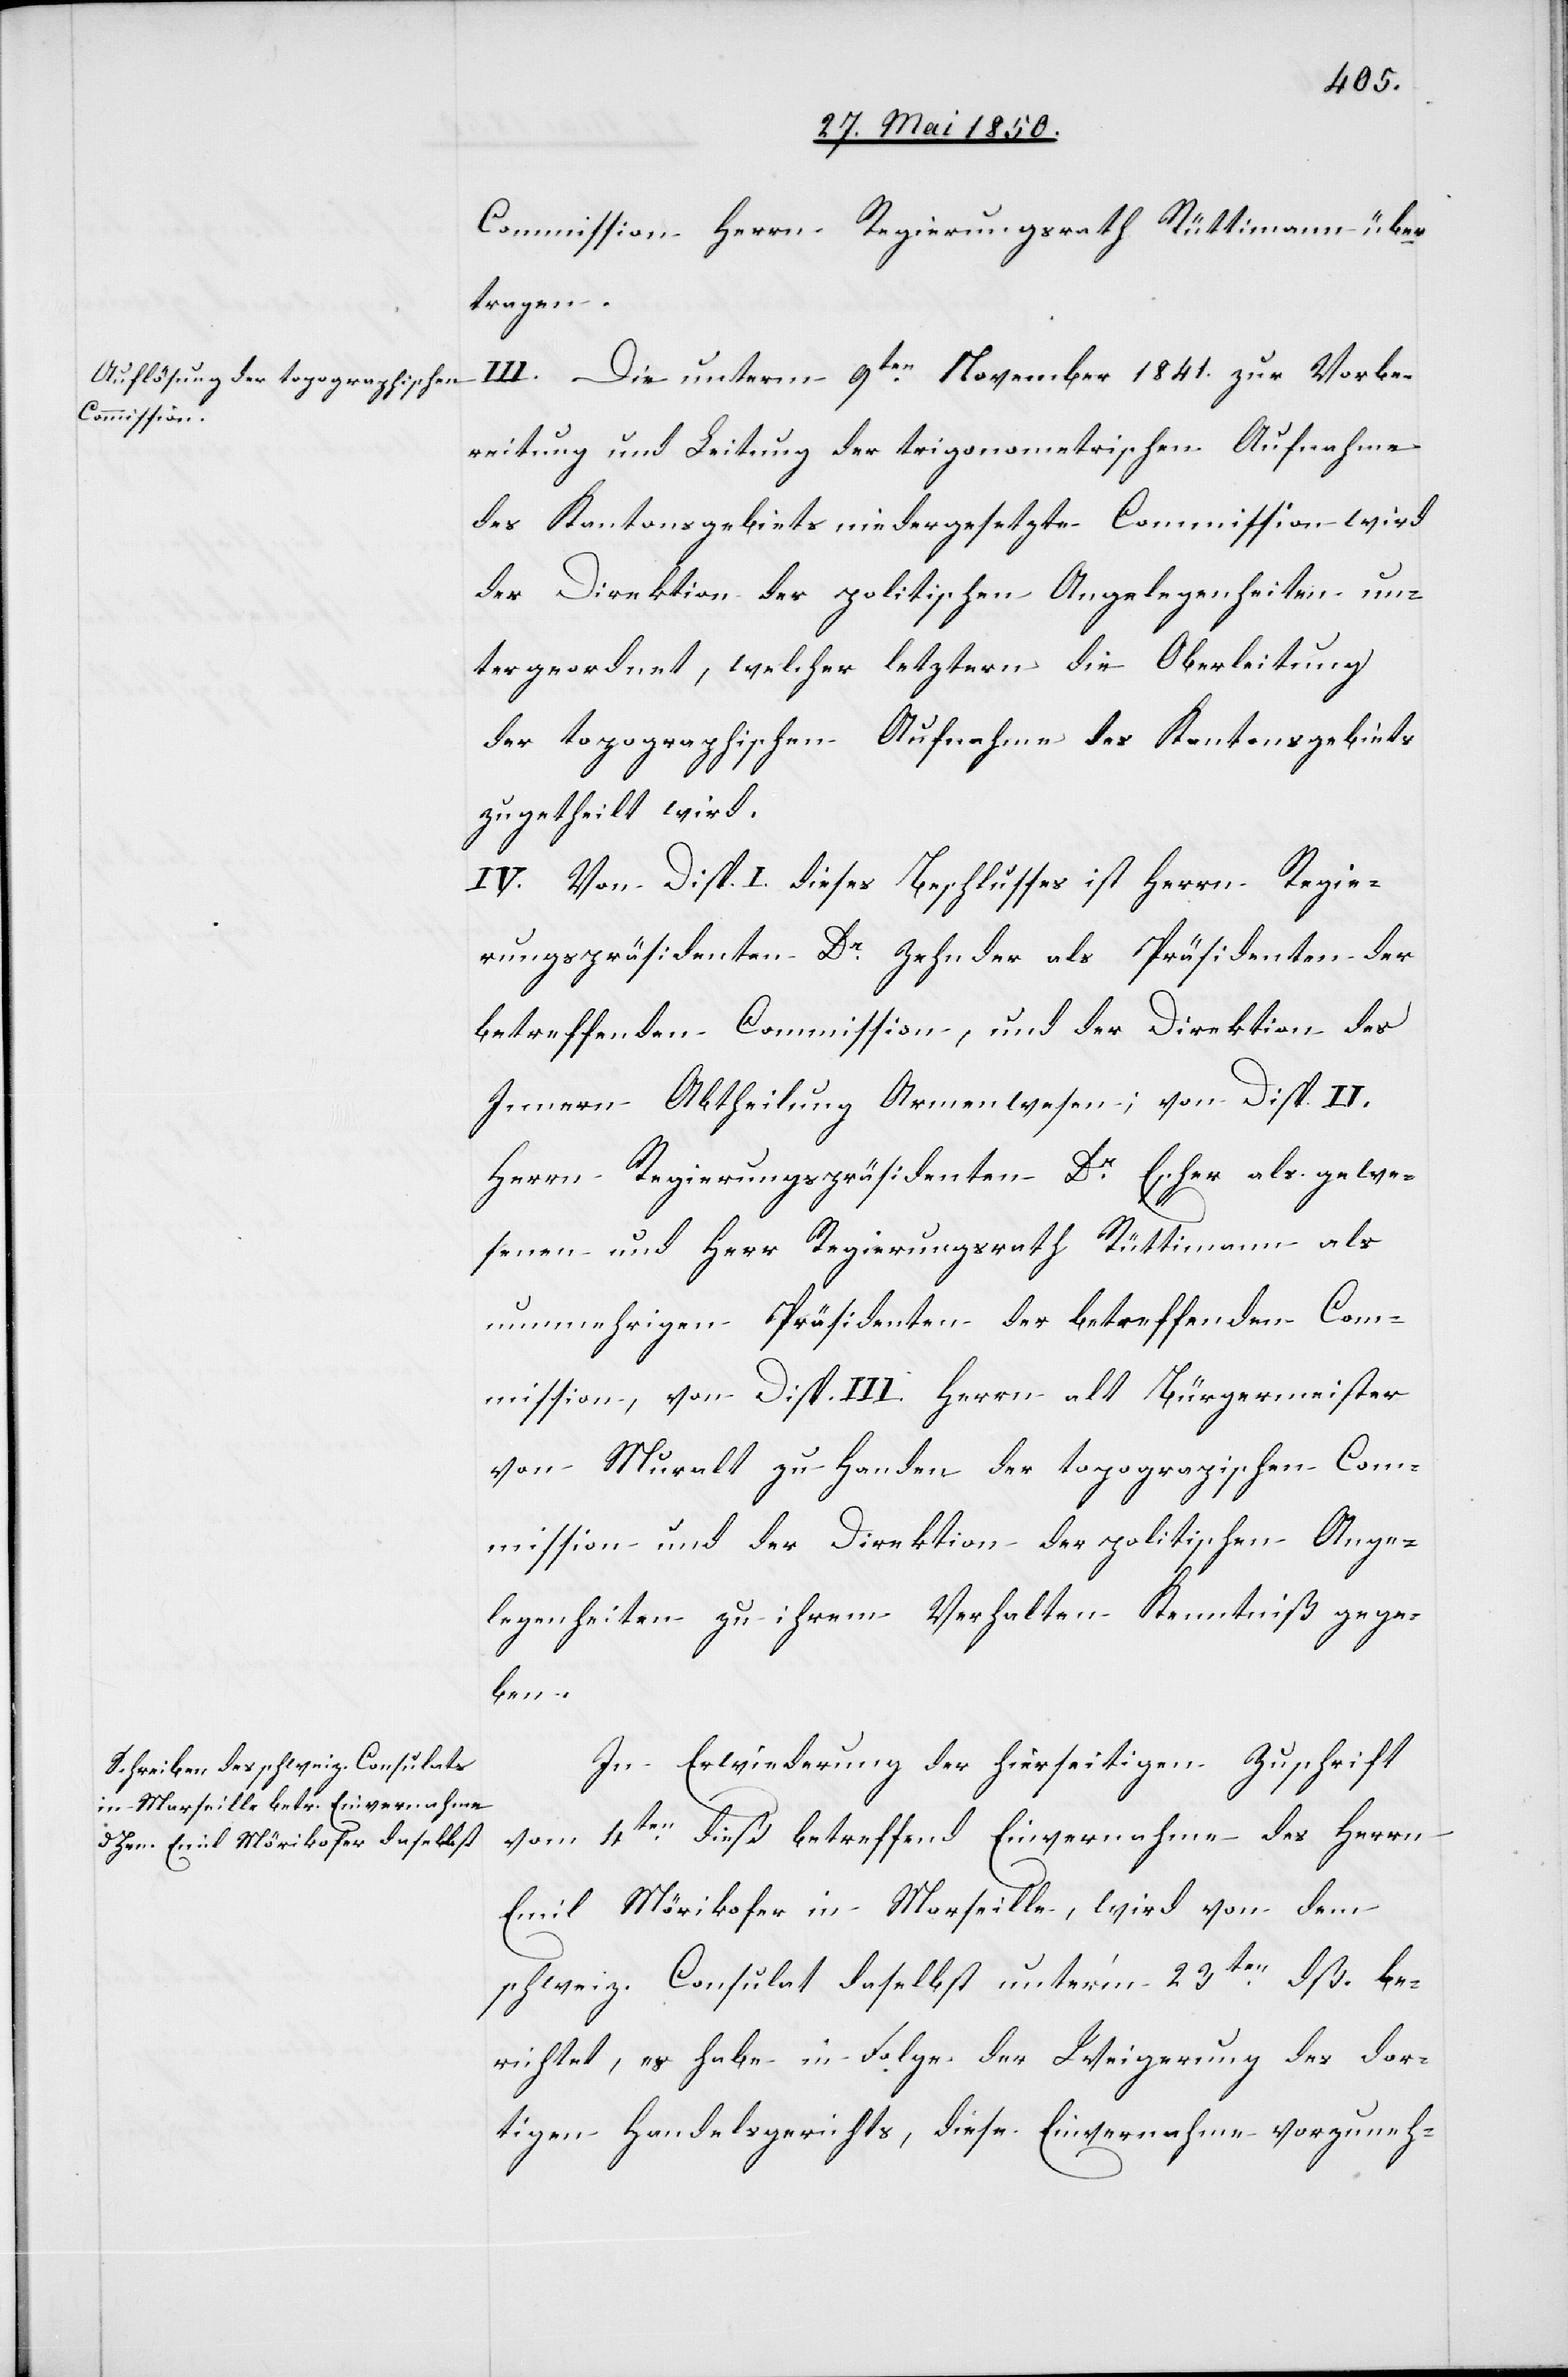
Commission Herrn Regierungsrath Rüttimann über¬
tragen.
III. Die unterm 9ten November 1841. zur Vorbe¬
reitung und Leitung der trigonometrischen Aufnahme
des Kantonsgebiets niedergesetzte Commission wird
der Direktion der politischen Angelegenheiten un¬
tergeordnet, welcher letztern die Oberleitung
der topographischen Aufnahme des Kantonsgebiets
zugetheilt wird.
IV. Von Disp. I. dieses Beschlusses ist Herrn Regie¬
rungspräsidenten Dr Zehnder als Präsidenten der
betreffenden Commission, und der Direktion des
Innern Abtheilung Armenwesen; von Disp. II.
Herrn Regierungspräsidenten Dr Escher als gewe¬
senen und Herr Regierungsrath Rüttimann als
nunmehrigen Präsidenten der betreffenden Com¬
mission, von Disp. III. Herrn alt Bürgermeister
von Muralt zu Handen der topographischen Com¬
mission und der Direktion der politischen Ange¬
legenheiten zu ihrem Verhalten Kenntniß gege¬
ben.
In Erwiederung der hierseitigen Zuschrift
vom 4ten dieß betreffend Einvernahme des Herrn
Emil Mörikofer in Marseille, wird von dem
schweiz. Consulat daselbst unter’m 23ten dß. be¬
richtet, es habe in Folge der Weigerung des dor¬
tigen Handelsgerichts, diese Einvernahme vorzuneh-